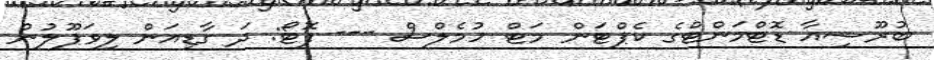
ބުރޫސިއާ ޑޮޓްމަންޓްގެ ކެޕްޓަން މަޓް ހުމެލްސް --- ފޮޓޯ: ދަ ގާޑިއަން ލިވަޕޫލުން